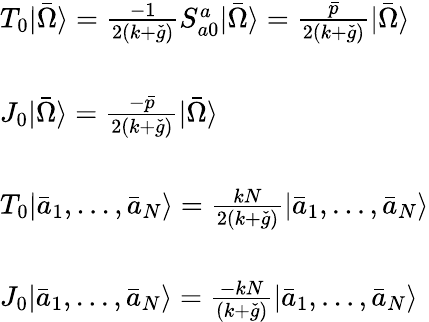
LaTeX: \begin{array}{l}{{T_{0}|\bar{\Omega}\rangle=\frac{-1}{2(k+\check{g})}S_{a0}^{a}|\bar{\Omega}\rangle=\frac{\bar{p}}{2(k+\check{g})}|\bar{\Omega}\rangle}}\\ {{\ }}\\ {{J_{0}|\bar{\Omega}\rangle=\frac{-\bar{p}}{2(k+\check{g})}|\bar{\Omega}\rangle}}\\ {{\ }}\\ {{T_{0}|\bar{a}_{1},...,\bar{a}_{N}\rangle=\frac{kN}{2(k+\check{g})}|\bar{a}_{1},...,\bar{a}_{N}\rangle}}\\ {{\ }}\\ {{J_{0}|\bar{a}_{1},...,\bar{a}_{N}\rangle=\frac{-kN}{(k+\check{g})}|\bar{a}_{1},...,\bar{a}_{N}\rangle}}\end{array}